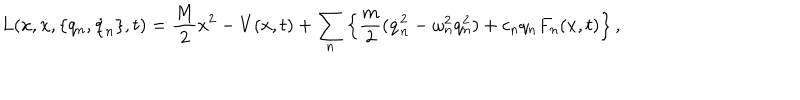
L ( x , \dot { x } , \{ q _ { n } , \dot { q } _ { n } \} , t ) = \frac { M } { 2 } \dot { x } ^ { 2 } - V ( x , t ) + \sum _ { n } \left\{ \frac { m } { 2 } ( \dot { q } _ { n } ^ { 2 } - \omega _ { n } ^ { 2 } q _ { n } ^ { 2 } ) + c _ { n } q _ { n } F _ { n } ( x , t ) \right\} ,